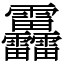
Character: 靐